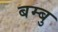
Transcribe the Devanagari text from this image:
बम्बु